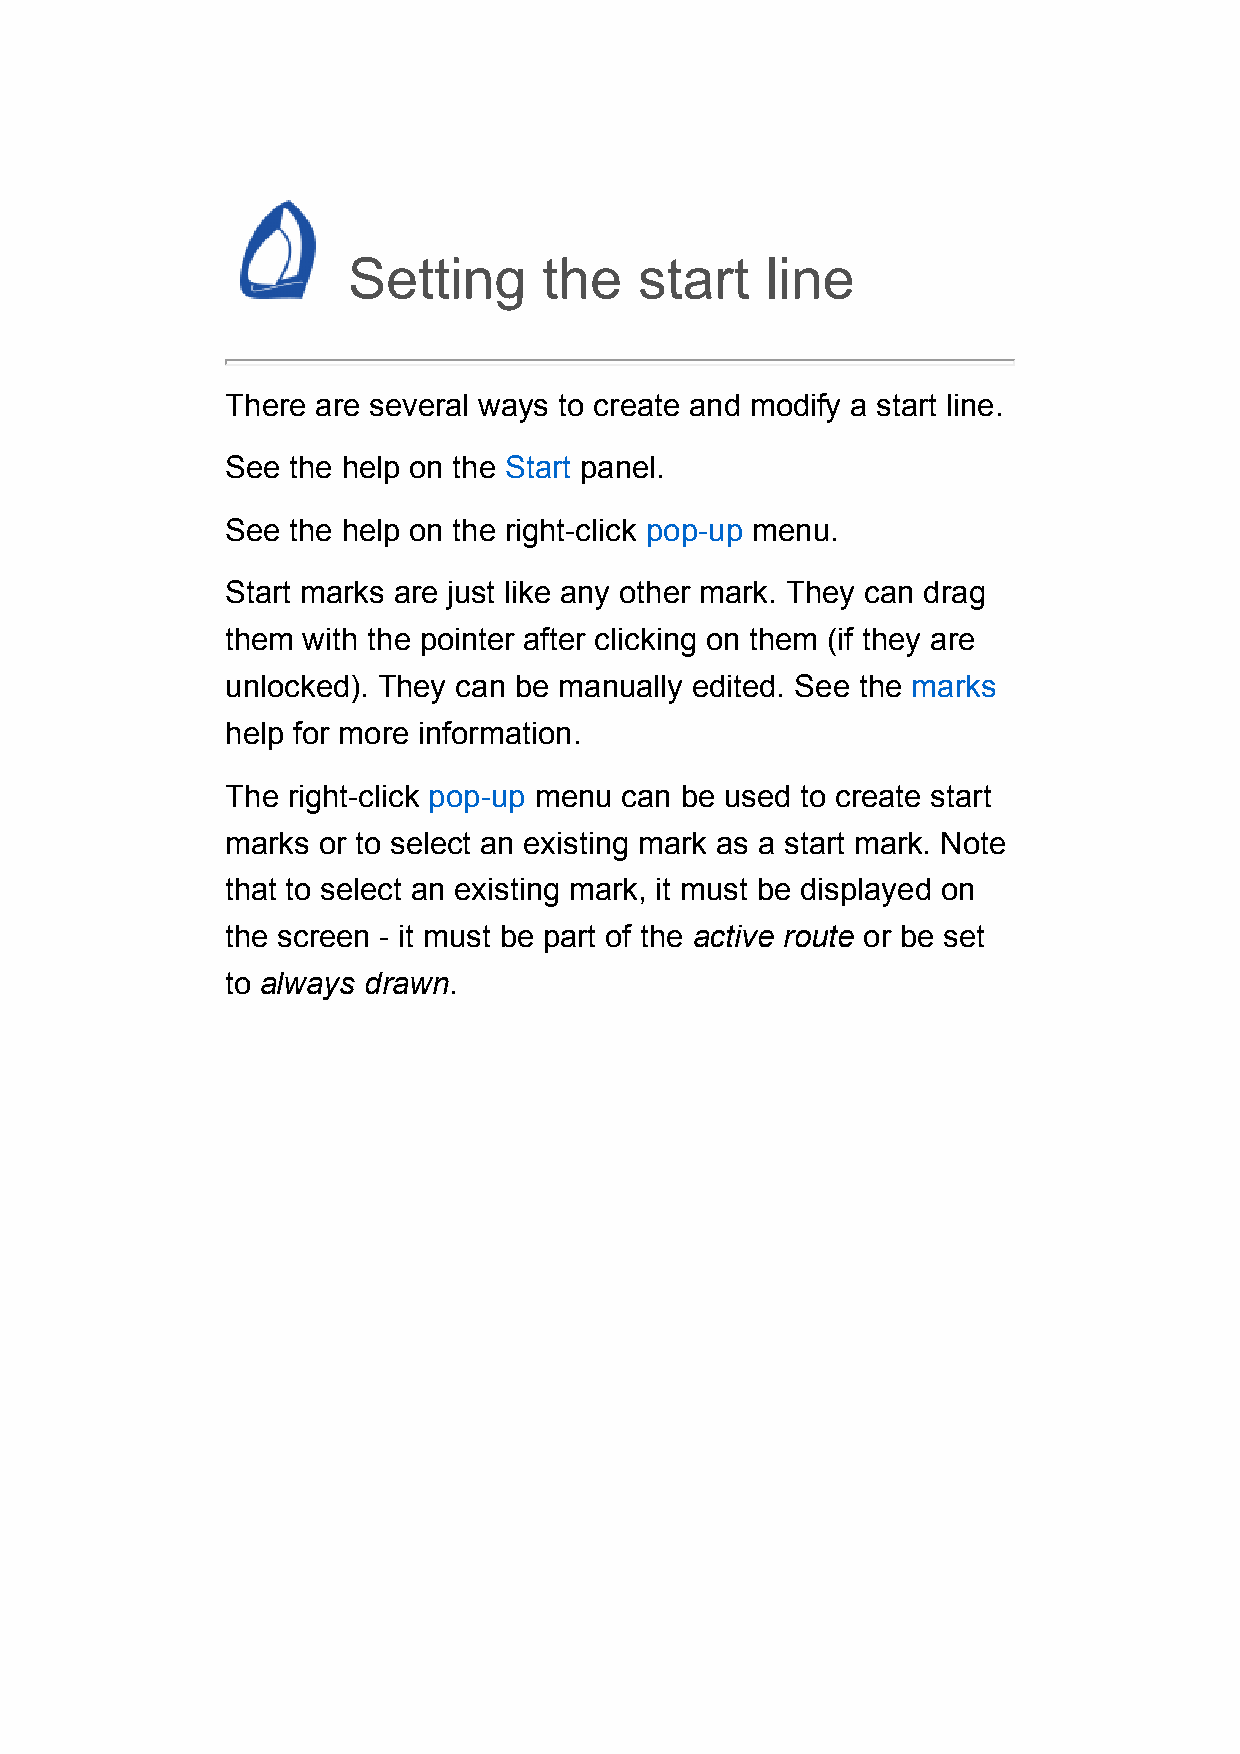
Setting      the   start    line
 There are several ways to create and modify a start line.
 See the help on the Start panel.
 See the help on the right-click pop-up menu.
 Start marks are just like any other mark. They can drag
 them with the pointer after clicking on them (if they are
 unlocked). They can be manually edited. See the marks
 help for more information.
 The right-click pop-up menu can be used to create start
 marks or to select an existing mark as a start mark. Note
 that to select an existing mark, it must be displayed on
 the screen - it must be part of the active route or be set
 to always drawn.